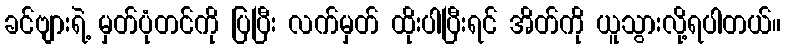
ခင်ဗျားရဲ့ မှတ်ပုံတင်ကို ပြပြီး လက်မှတ် ထိုးပါပြီးရင် အိတ်ကို ယူသွားလို့ရပါတယ်။